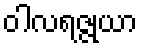
ဝါလရဇ္ဇုယာ